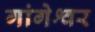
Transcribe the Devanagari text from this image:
गांगेश्वर